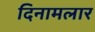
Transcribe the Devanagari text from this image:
दिनामलार